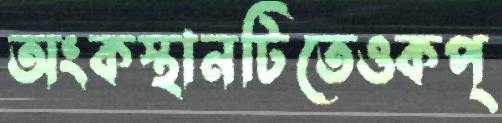
অংকস্থানটিতেওকপ্